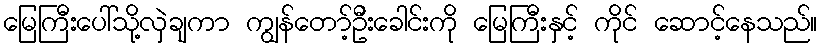
မြေကြီးပေါ်သို့လှဲချကာ ကျွန်တော့်ဦးခေါင်းကို မြေကြီးနှင့် ကိုင် ဆောင့်နေသည်။